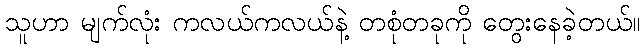
သူဟာ မျက်လုံး ကလယ်ကလယ်နဲ့ တစုံတခုကို တွေးနေခဲ့တယ်။